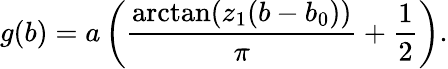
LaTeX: g(b)=a\left(\frac{\arctan(z_{1}(b-b_{0}))}{\pi}+\frac{1}{2}\right).